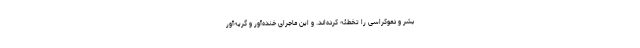
بشر و دموکراسی را تخطئه کرده‌اند. و این ماجرای خنده‌آور و گریه‌آور